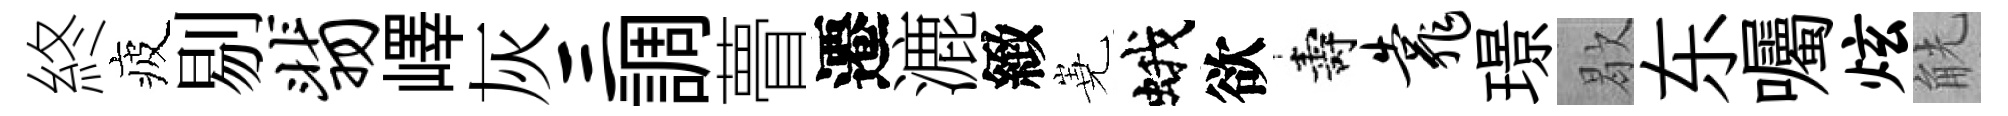
終疲剔翡嶧灰三調瞢遷漉緻嶤蛾欲壽靠璟歇东囑炫觥